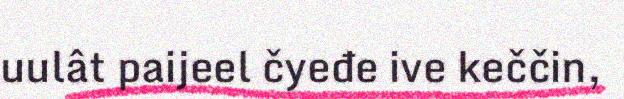
uulât paijeel čyeđe ive keččin,